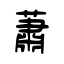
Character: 蕭